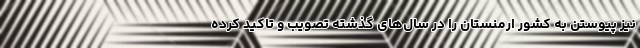
نیز پیوستن به کشور ارمنستان را در سال‌های گذشته تصویب و تاکید کرده